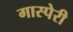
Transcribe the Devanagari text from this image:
गास्पेरी